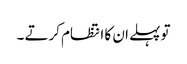
تو پہلے ان کا انتظام کرتے ۔